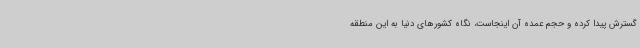
گسترش پیدا کرده و حجم عمده آن اینجاست، نگاه کشورهای دنیا به این منطقه